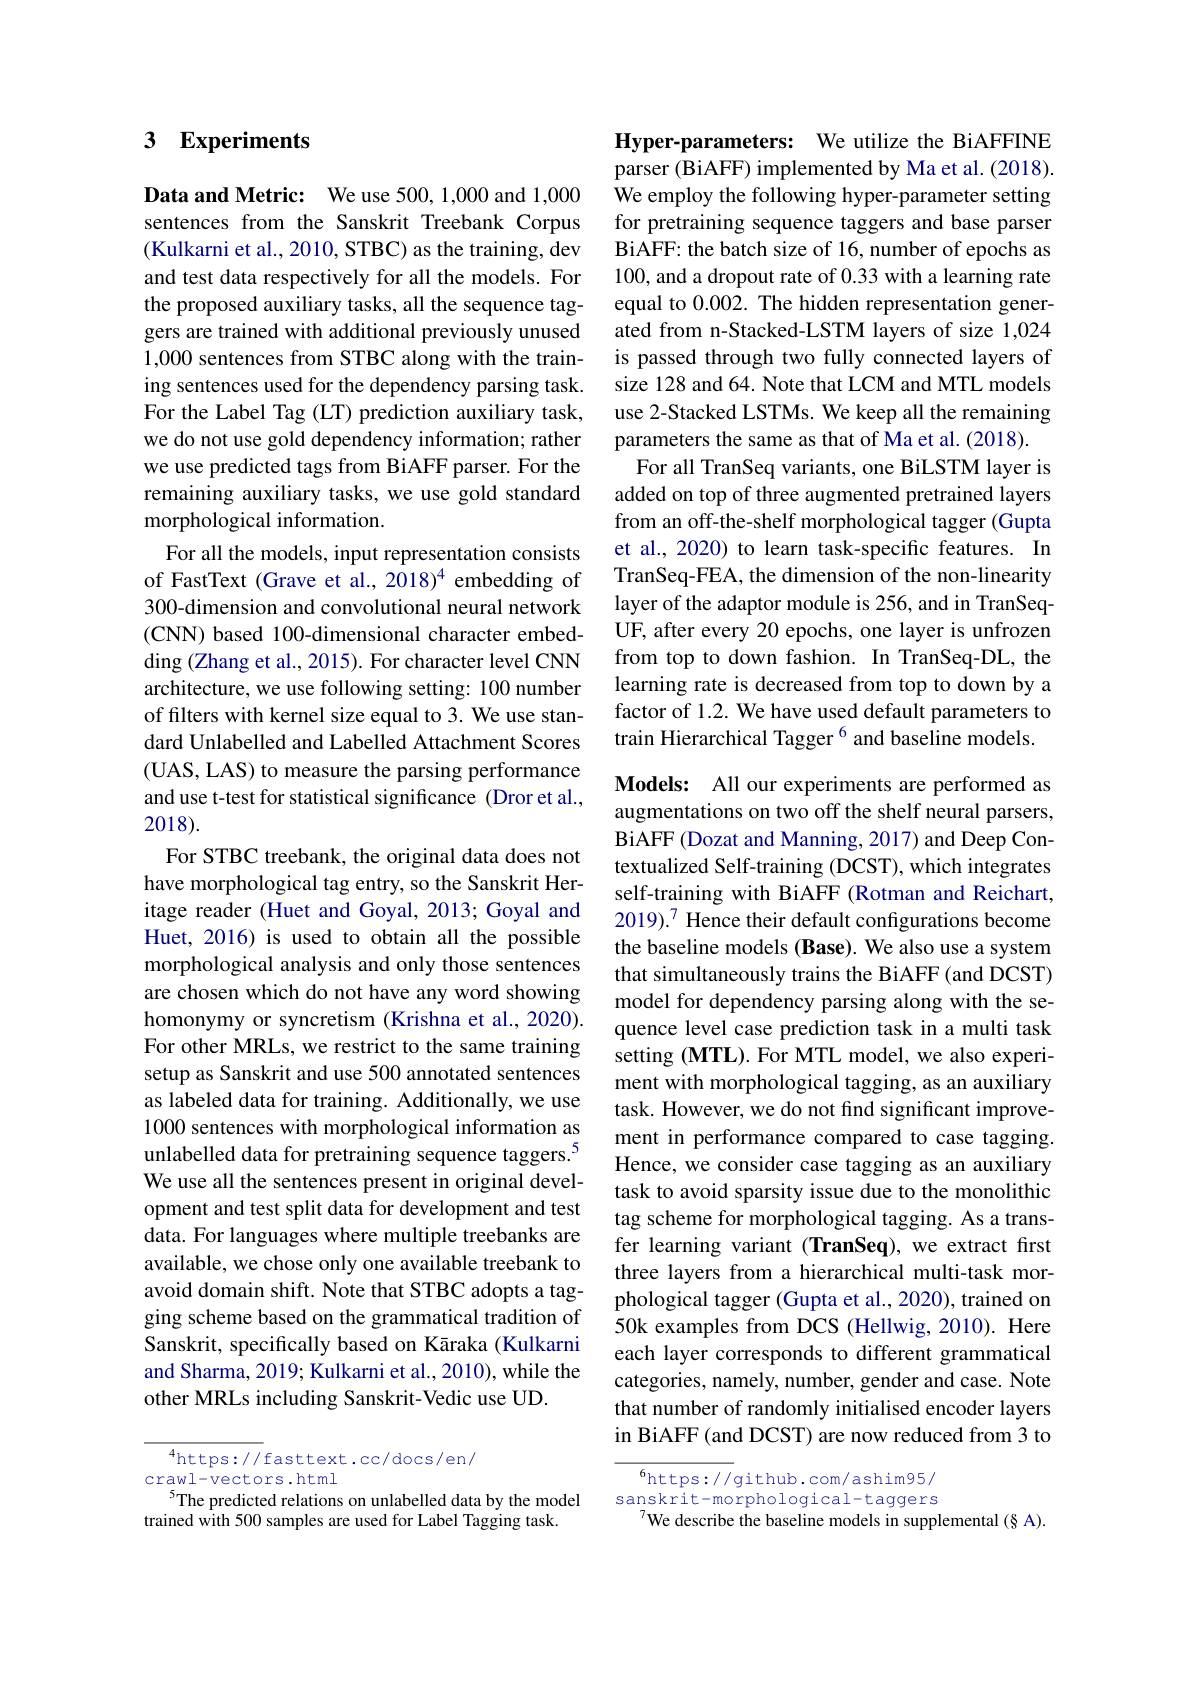
# 3 Experiments

Data and Metric: We use 500, 1,000 and 1,000 sentences from the Sanskrit Treebank Corpus (Kulkarni et al., 2010, STBC) as the training, dev and test data respectively for all the models. For the proposed auxiliary tasks, all the sequence taggers are trained with additional previously unused 1,000 sentences from STBC along with the training sentences used for the dependency parsing task. For the Label Tag (LT) prediction auxiliary task, we do not use gold dependency information; rather we use predicted tags from BiAFF parser. For the remaining auxiliary tasks, we use gold standard morphological information.
For all the models, input representation consists of FastText (Grave et al., 2018)$^{4}$ embedding of 300-dimension and convolutional neural network (CNN) based 100-dimensional character embedding (Zhang et al., 2015). For character level CNN architecture, we use following setting: 100 number of filters with kernel size equal to 3. We use standard Unlabelled and Labelled Attachment Scores (UAS, LAS) to measure the parsing performance and use t-test for statistical significance (Dror et al., 2018).
For STBC treebank, the original data does not have morphological tag entry, so the Sanskrit Heritage reader (Huet and Goyal, 2013; Goyal and Huet, 2016) is used to obtain all the possible morphological analysis and only those sentences are chosen which do not have any word showing homonymy or syncretism (Krishna et al., 2020). For other MRLs, we restrict to the same training setup as Sanskrit and use 500 annotated sentences as labeled data for training. Additionally, we use 1000 sentences with morphological information as unlabelled data for pretraining sequence taggers.$^{5}$ We use all the sentences present in original development and test split data for development and test data. For languages where multiple treebanks are available, we chose only one available treebank to avoid domain shift. Note that STBC adopts a tagging scheme based on the grammatical tradition of Sanskrit, specifically based on Kāraka (Kulkarni and Sharma, 2019; Kulkarni et al., 2010), while the other MRLs including Sanskrit-Vedic use UD.

$^{4}$https://fasttext.cc/docs/en/
crawl-vectors.html
5The predicted relations on unlabelled data by the model
trained with 500 samples are used for Label Tagging task.

Hyper-parameters: We utilize the BiAFFINE parser (BiAFF) implemented by Ma et al. (2018). We employ the following hyper-parameter setting for pretraining sequence taggers and base parser BiAFF: the batch size of 16, number of epochs as 100, and a dropout rate of 0.33 with a learning rate equal to 0.002. The hidden representation generated from n-Stacked-LSTM layers of size 1,024 is passed through two fully connected layers of size 128 and 64. Note that LCM and MTL models use 2-Stacked LSTMs. We keep all the remaining parameters the same as that of Ma et al. (2018).
For all TranSeq variants, one BiLSTM layer is added on top of three augmented pretrained layers from an off-the-shelf morphological tagger (Gupta et al., 2020) to learn task-specific features. In TranSeq-FEA, the dimension of the non-linearity layer of the adaptor module is 256, and in TranSeqUF, after every 20 epochs, one layer is unfrozen from top to down fashion. In TranSeq-DL, the learning rate is decreased from top to down by a factor of 1.2. We have used default parameters to train Hierarchical Tagger $^{6}$ and baseline models.

Models: All our experiments are performed as augmentations on two off the shelf neural parsers, BiAFF (Dozat and Manning, 2017) and Deep Contextualized Self-training (DCST), which integrates self-training with BiAFF (Rotman and Reichart, 2019).$^{7}$ Hence their default configurations become the baseline models (Base). We also use a system that simultaneously trains the BiAFF (and DCST) model for dependency parsing along with the sequence level case prediction task in a multi task setting (MTL). For MTL model, we also experiment with morphological tagging, as an auxiliary task. However, we do not find significant improvement in performance compared to case tagging. Hence, we consider case tagging as an auxiliary task to avoid sparsity issue due to the monolithic tag scheme for morphological tagging. As a transfer learning variant (TranSeq), we extract first three layers from a hierarchical multi-task morphological tagger (Gupta et al., 2020), trained on 50k examples from DCS (Hellwig, 2010). Here each layer corresponds to different grammatical categories, namely, number, gender and case. Note that number of randomly initialised encoder layers in BiAFF (and DCST) are now reduced from 3 to
$^{6}$https://github.com/ashim95/

sanskrit-morphological-taggers
$^{7}$We describe the baseline models in supplemental (§ A).